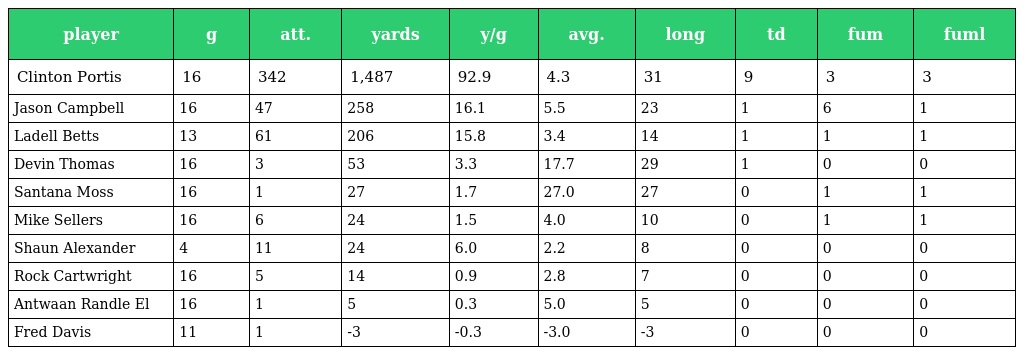
| player | g | att. | yards | y/g | avg. | long | td | fum | fuml |
 | --- | --- | --- | --- | --- | --- | --- | --- | --- | --- |
 | Clinton Portis | 16 | 342 | 1,487 | 92.9 | 4.3 | 31 | 9 | 3 | 3 |
 | Jason Campbell | 16 | 47 | 258 | 16.1 | 5.5 | 23 | 1 | 6 | 1 |
 | Ladell Betts | 13 | 61 | 206 | 15.8 | 3.4 | 14 | 1 | 1 | 1 |
 | Devin Thomas | 16 | 3 | 53 | 3.3 | 17.7 | 29 | 1 | 0 | 0 |
 | Santana Moss | 16 | 1 | 27 | 1.7 | 27.0 | 27 | 0 | 1 | 1 |
 | Mike Sellers | 16 | 6 | 24 | 1.5 | 4.0 | 10 | 0 | 1 | 1 |
 | Shaun Alexander | 4 | 11 | 24 | 6.0 | 2.2 | 8 | 0 | 0 | 0 |
 | Rock Cartwright | 16 | 5 | 14 | 0.9 | 2.8 | 7 | 0 | 0 | 0 |
 | Antwaan Randle El | 16 | 1 | 5 | 0.3 | 5.0 | 5 | 0 | 0 | 0 |
 | Fred Davis | 11 | 1 | -3 | -0.3 | -3.0 | -3 | 0 | 0 | 0 |